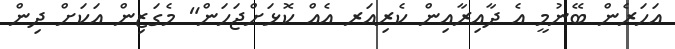
އަހަރެން ބޭނުމީ އެ ދާއިރާއިން ކެރިއަރ އެއް ކޮޅަށްޖަހަން" މެގަޒިން އަކަށް ދިން